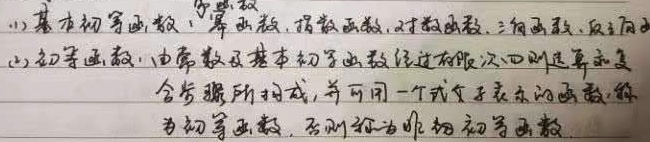
(1) 基本初等函数：幂函数、指数函数、对数函数、三角函数、反三角
(2) 初等函数：由常数及基本初等函数经过有限次四则运算及复合步骤所构成，  并可用一个式子表示的函数，称为初等函数，否则称为非初等函数